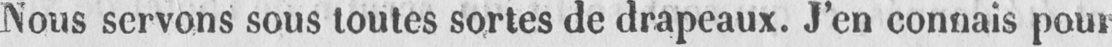
Nous servons sous toutes sortes de drapeaux. J’en connais pour